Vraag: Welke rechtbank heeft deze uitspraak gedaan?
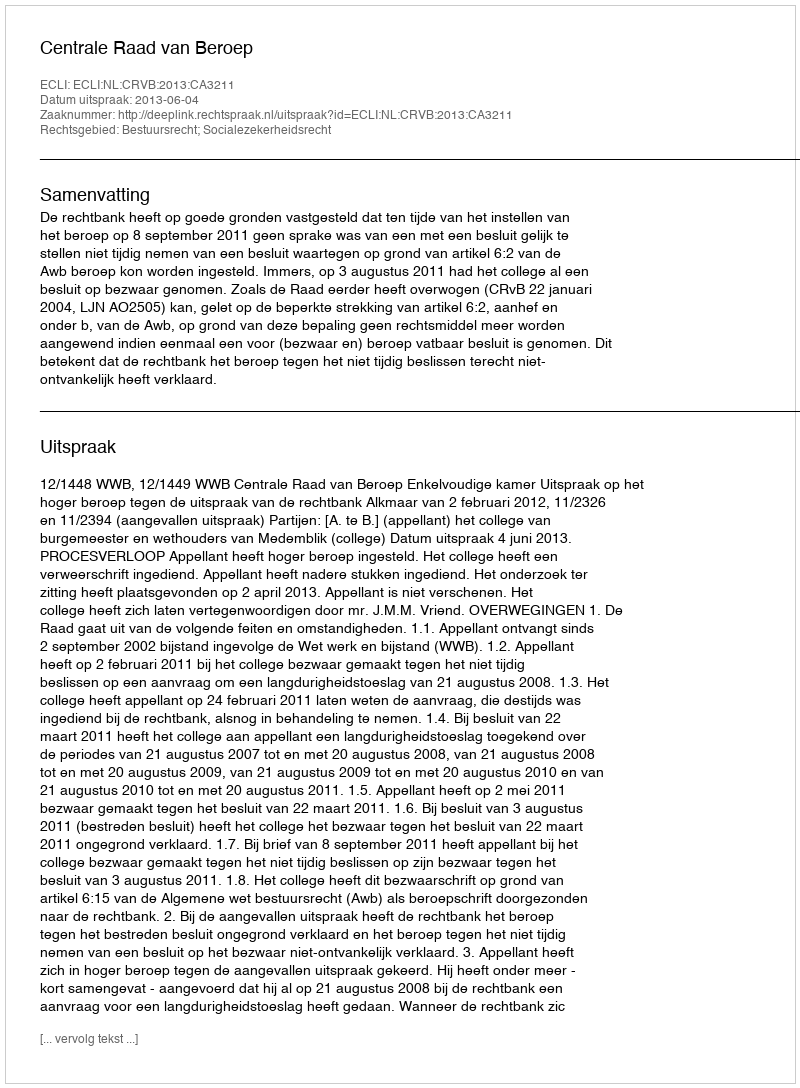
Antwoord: Centrale Raad van Beroep